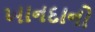
ખાનદાનો